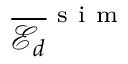
\overline { { \mathscr { E } _ { d } } } ^ { \mathrm { ~ s ~ i ~ m ~ } }